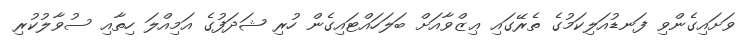
ވަށައިގެންވި ފަނޑުއަލިކަމުގެ ތެރޭގައި ޢިޒްވާއަށް ބަލަހައްޓައިގެން ހުރި ޝަދަފުގެ އަމިއްލަ ހިތާއި ސުވާލުކުރި